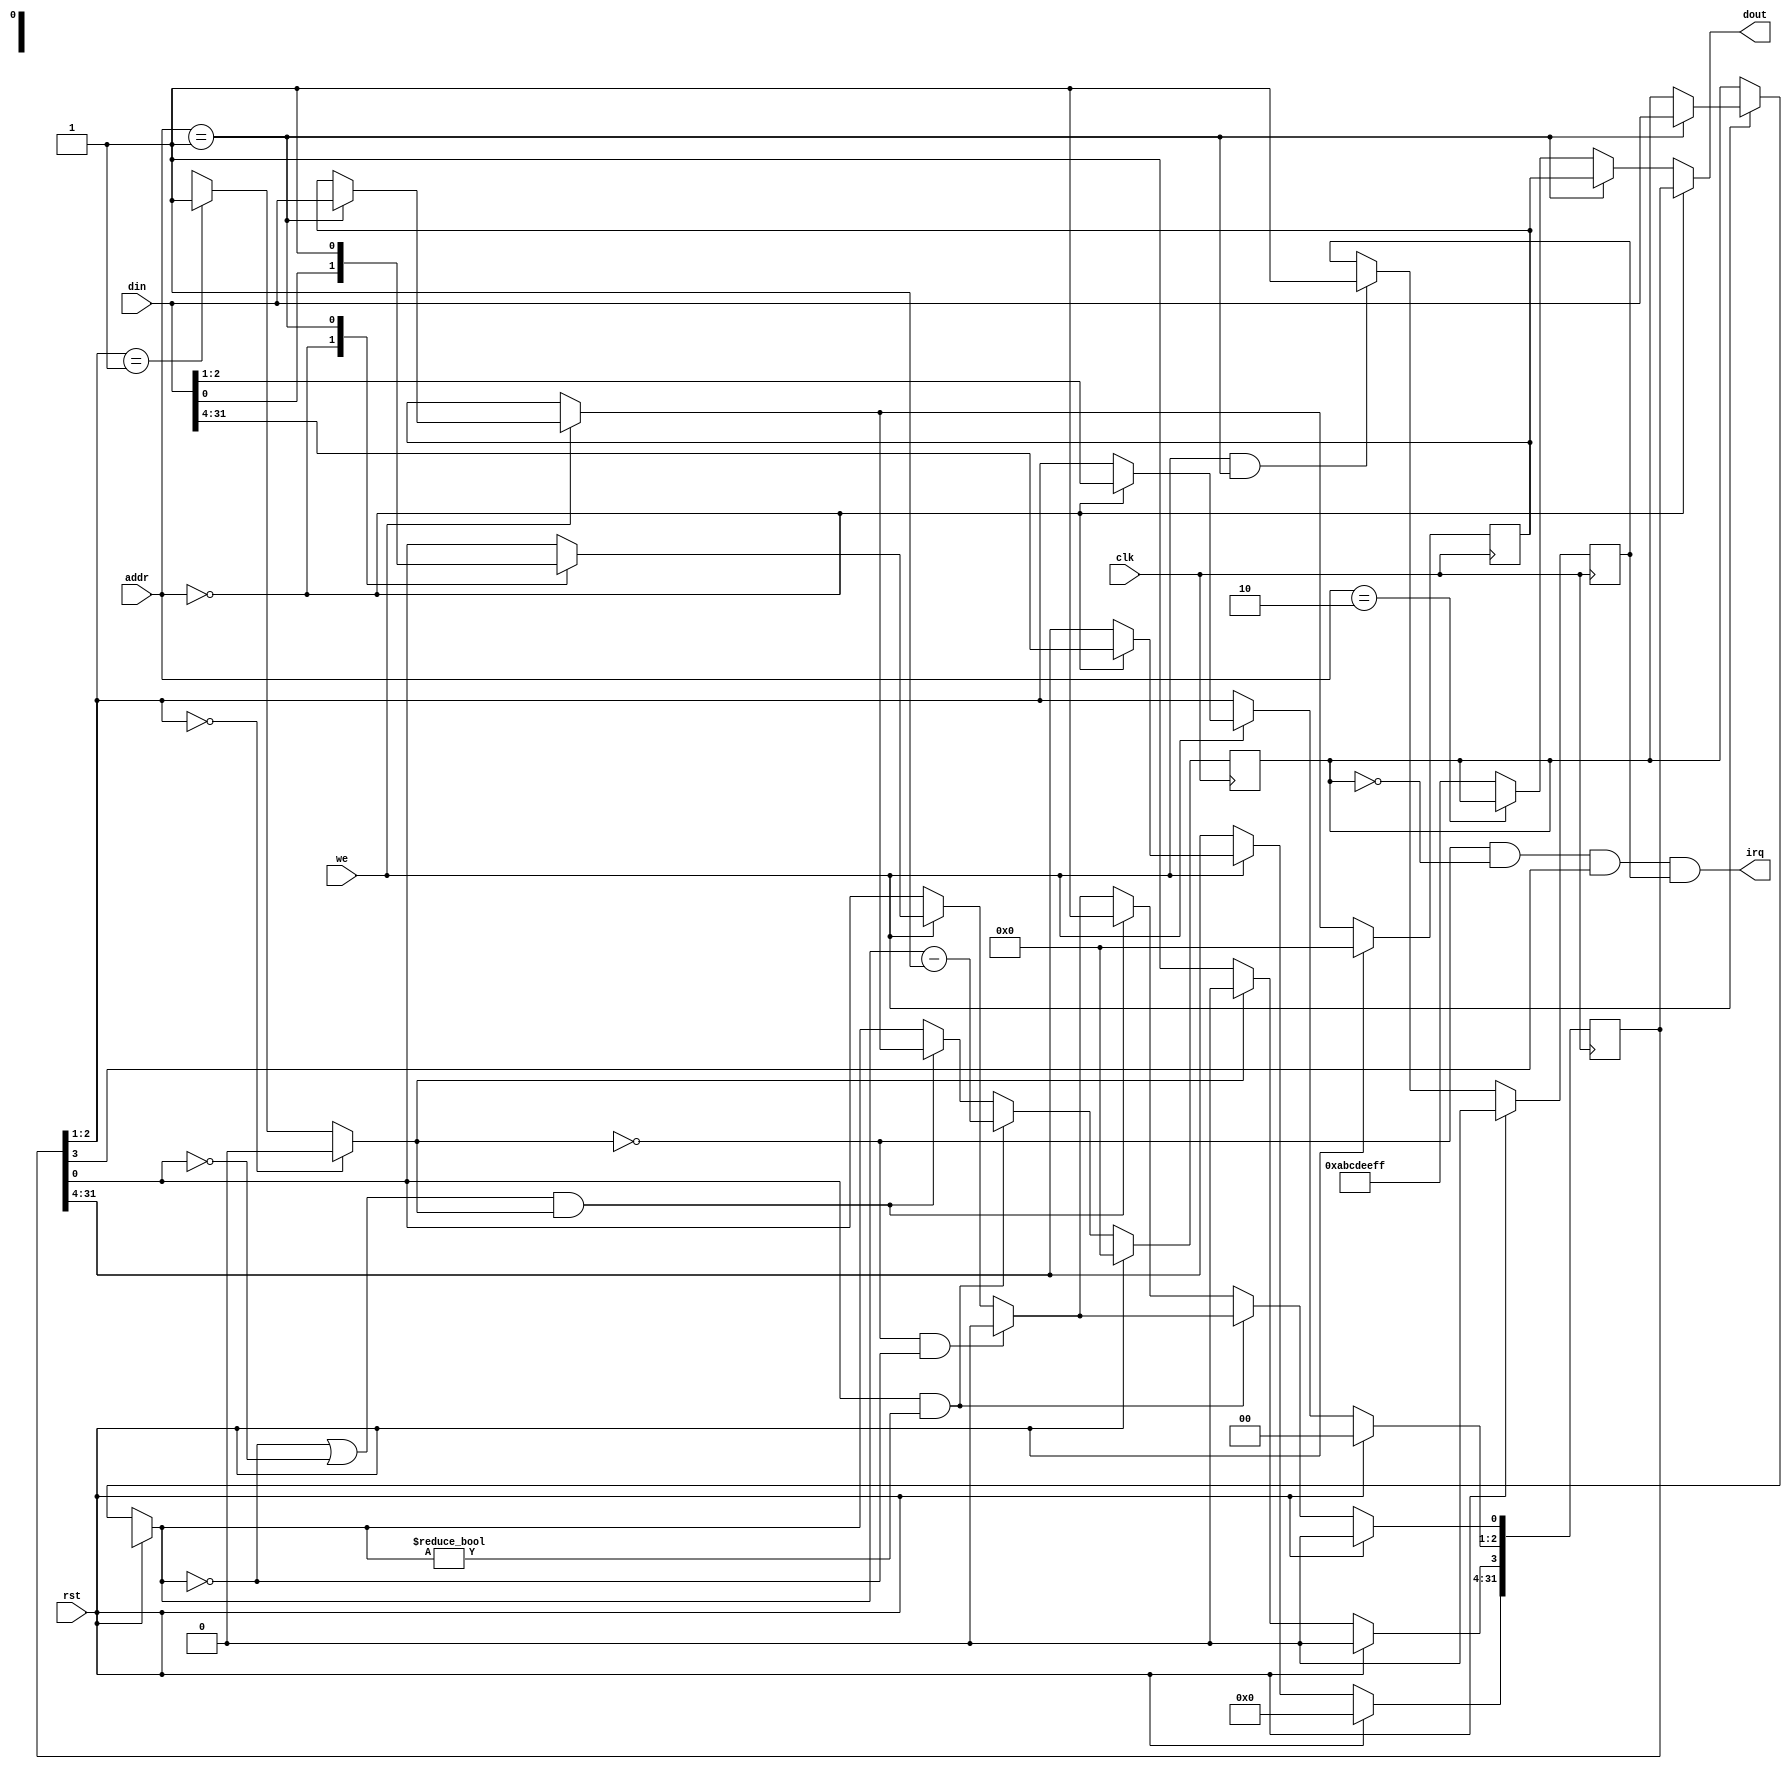
module timer(clk,rst,addr,we,din,dout,irq);
    input            clk,rst ;
    input   [3:2]    addr ;
    input            we ;
    input   [31:0]   din ;
    output  [31:0]   dout ;
    output           irq ;      //interrupt request
    
 
    reg   [31:0]   ctrl ;      //control register
    reg   [31:0]   preset ;   //preset data
    reg   [31:0]   count ;
    reg            en_irq ;   //if preset ,en_irq is valid
    wire           state ; //model
    
    parameter   CTRL = 2'b00 , PRESET = 2'b01 , COUNT = 2'b10 ;
     
    assign dout = (addr[3:2] == CTRL)   ? ctrl :
                  (addr[3:2] == PRESET) ? preset :
                  (addr[3:2] == COUNT)  ? count :
                                          32'habcdeeff ;
                                        
    assign state = (ctrl[2:1] == 2'b00) ? 1'b0 :
                   (ctrl[2:1] == 2'b01) ? 1'b1 : 1'bx ;
                                          
    assign irq = !state && (count == 32'b0) && (ctrl[3] == 1'b1) && en_irq ;   //state=0,interrupt permission,count=0
    
    always @(posedge clk)
    begin
        if (rst)
        begin
           ctrl <= 32'b0 ;
           preset <= 32'b0 ;
           count <= 32'b0 ;
        end
        else 
        begin
           if (we)   //if write enable
           case (addr[3:2])
               CTRL   : ctrl <= din ;
               PRESET :
                begin
                   preset = din ;
                   count = preset ;
                   ctrl[0] <= 1 ;
                end 
           endcase
           ctrl[3] = (state) ? 0 : 1 ;
           if ((!state) && count == 32'b0)    //state=0,count=0,count unable
              ctrl[0] <= 0 ;                    //ctrl[0] = enable
           if (ctrl[0] && (count != 32'b0))   //count!=0,count enable
              count <= count - 1 ;
           else if (((count == 32'b0) || (!ctrl[0])) && state)   //state=1,count=0 or count unable
              begin
                 count <= preset ;
                 ctrl[0] <= 1 ;
              end
           
        end
    end
    
    always @(posedge clk)
    begin
        if (rst)
           en_irq <= 0 ;
        else
           en_irq <= (we && (addr[3:2] == PRESET)) ? 1 : en_irq ;
    end
    
endmodule